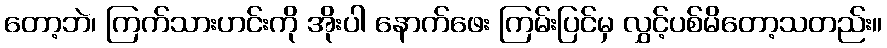
တော့ဘဲ၊ ကြက်သားဟင်းကို အိုးပါ နောက်ဖေး ကြမ်းပြင်မှ လွှင့်ပစ်မိတော့သတည်း။